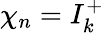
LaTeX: \chi_{n}=I_{k}^{+}